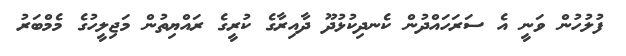
ފުލުހުން ވަނީ އެ ސަރަހައްދުން ކެނދިކުޅުދޫ ދާއިރާގެ ކުރީގެ ރައްޔިތުން މަޖިލީހުގެ މެމްބަރު